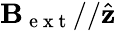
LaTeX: \mathbf{B}_{\mathrm{~e~x~t~}}//\hat{\mathbf{z}}